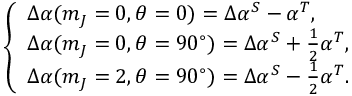
\left\{ \begin{array} { l l } { \Delta \alpha ( m _ { J } = 0 , \theta = 0 ) = \Delta \alpha ^ { S } - \alpha ^ { T } , } \\ { \Delta \alpha ( m _ { J } = 0 , \theta = 9 0 ^ { \circ } ) = \Delta \alpha ^ { S } + \frac { 1 } { 2 } \alpha ^ { T } , } \\ { \Delta \alpha ( m _ { J } = 2 , \theta = 9 0 ^ { \circ } ) = \Delta \alpha ^ { S } - \frac { 1 } { 2 } \alpha ^ { T } . } \end{array} \right.